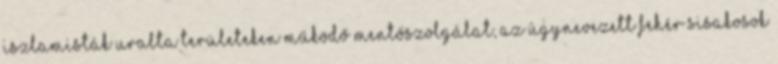
iszlamisták uralta területeken működő mentőszolgálat, az úgynevezett fehér sisakosok